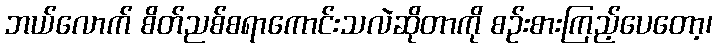
ဘယ်လောက် စိတ်ညစ်စရာကောင်းသလဲဆိုတာကို စဉ်းစားကြည့်ပေတော့၊